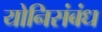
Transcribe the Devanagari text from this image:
योनिसंबंध